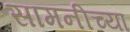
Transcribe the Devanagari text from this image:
सामनीच्या